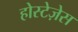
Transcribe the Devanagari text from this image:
होस्टेज़ेस